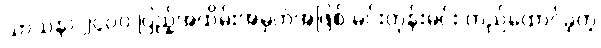
သာသနာ ၂၄၀၀ ပြည့်အထိမ်းအမှတ်အဖြစ် မင်းတုန်းမင်း တည်ထောင်ခဲ့တဲ့